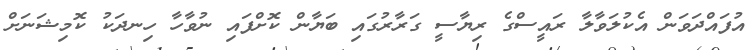
އުފައްދަވަން އެކުލަވާލާ ރައީސްގެ ރިޔާސީ ގަރާރުގައި ބަޔާން ކޮށްފައި ނުވާހާ ހިނދަކު ކޮމިޝަނަށް